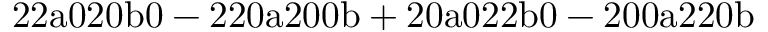
\mathrm { 2 2 a 0 2 0 b 0 - 2 2 0 a 2 0 0 b + 2 0 a 0 2 2 b 0 - 2 0 0 a 2 2 0 b }